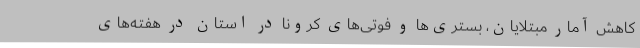
کاهش آمار مبتلایان، بستری‌ها و فوتی‌های کرونا در استان در هفته‌های